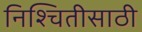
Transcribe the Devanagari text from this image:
निश्चितीसाठी